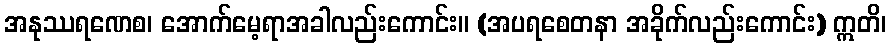
အနုဿရဏေစ၊ အောက်မေ့ရာအခါလည်းကောင်း။ (အပရစေတနာ အခိုက်လည်းကောင်း) ဣတိ၊